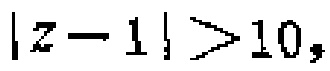
\(|z - 1| > 10,\)